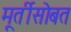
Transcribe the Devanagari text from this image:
मूर्तीसोबत